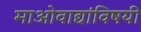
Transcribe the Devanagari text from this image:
माओवाद्यांविषयी